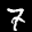
Label: 7